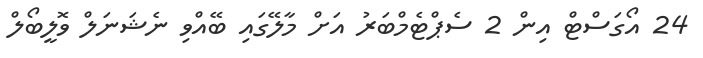
24 އޯގަސްޓް އިން 2 ސެޕްޓެމްބަރު އަށް މާލޭގައި ބޭއްވި ނެޝަނަލް ވޮލީބޯލް